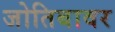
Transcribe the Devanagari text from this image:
जोतिबावर